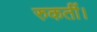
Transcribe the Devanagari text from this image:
रुकतीं।